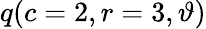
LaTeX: \displaystyle q(c=2,r=3,\vartheta)